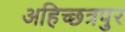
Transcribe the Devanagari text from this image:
अहिच्छत्रपुर